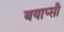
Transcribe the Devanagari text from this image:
बयाप्सी